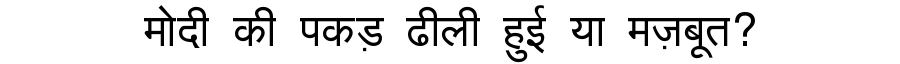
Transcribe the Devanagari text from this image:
मोदी की पकड़ ढीली हुई या मज़बूत?